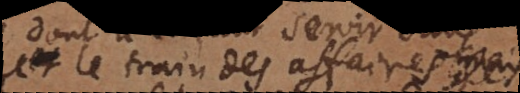
le train des affaires